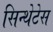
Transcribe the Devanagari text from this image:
सिन्थेटेस